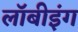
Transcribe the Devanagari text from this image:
लॉबीइंग